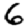
Digit: 6